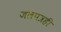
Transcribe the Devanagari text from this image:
जलपत्रही